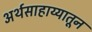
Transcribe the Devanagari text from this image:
अर्थसाहाय्यातून